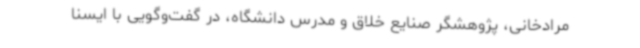
مرادخانی، پژوهشگر صنایع خلاق و مدرس دانشگاه، در گفت‌وگویی با ایسنا